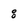
Character: 8